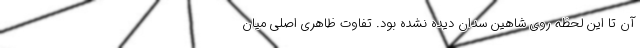
آن تا این لحظه روی شاهین سدان دیده نشده بود. تفاوت ظاهری اصلی میان